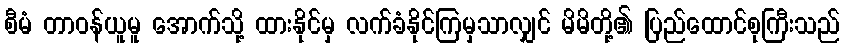
စီမံ တာဝန်ယူမူ အောက်သို့ ထားနိုင်မှ လက်ခံနိုင်ကြမှသာလျှင် မိမိတို့၏ ပြည်ထောင်စုကြီးသည်